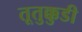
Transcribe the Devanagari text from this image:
तूतुक्कुडी